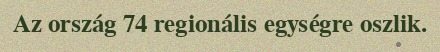
Az ország 74 regionális egységre oszlik.